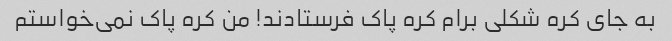
به جای کره شکلی برام کره پاک فرستادند! من کره پاک نمی‌خواستم